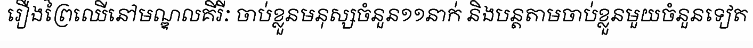
រឿងព្រៃឈើនៅមណ្ឌលគីរីៈ ចាប់ខ្លួនមនុស្សចំនួន១១នាក់ និងបន្តតាមចាប់ខ្លួនមួយចំនួនទៀត